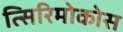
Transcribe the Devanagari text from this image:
त्सिरिमोकोस